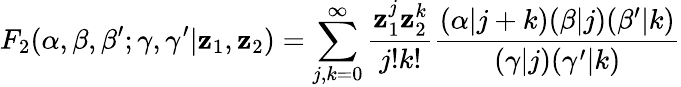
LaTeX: F_{2}(\alpha,\beta,\beta^{\prime};\gamma,\gamma^{\prime}|\mathbf{z}_{1},\mathbf{z}_{2})=\sum_{j,k=0}^{\infty}\frac{{\mathbf{z}_{1}^{j}\mathbf{z}_{2}^{k}}}{{j!k!}}\frac{{(\alpha|j+k)(\beta|j)(\beta^{\prime}|k)}}{{(\gamma|j)(\gamma^{\prime}|k)}}